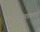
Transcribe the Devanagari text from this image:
एम्माला